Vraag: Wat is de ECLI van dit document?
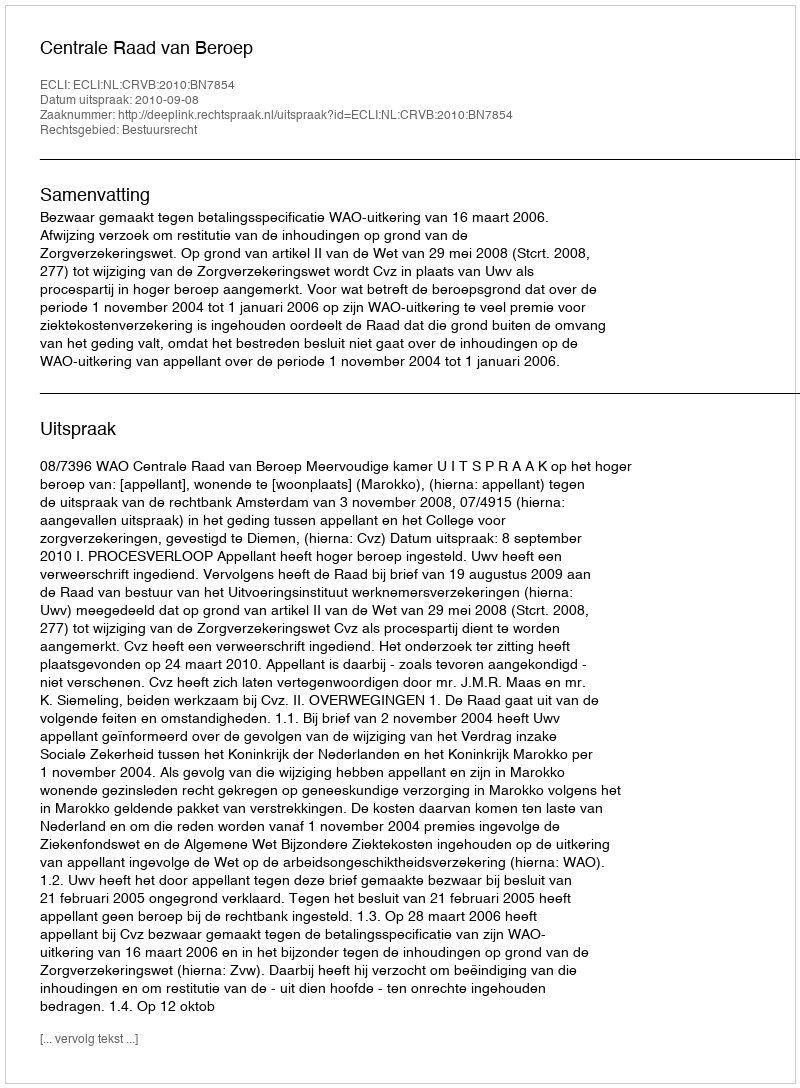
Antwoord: ECLI:NL:CRVB:2010:BN7854